Indian journal of veterinary science and animal husbandry - Volumes 18-21, 1948-1951
Year: 1948
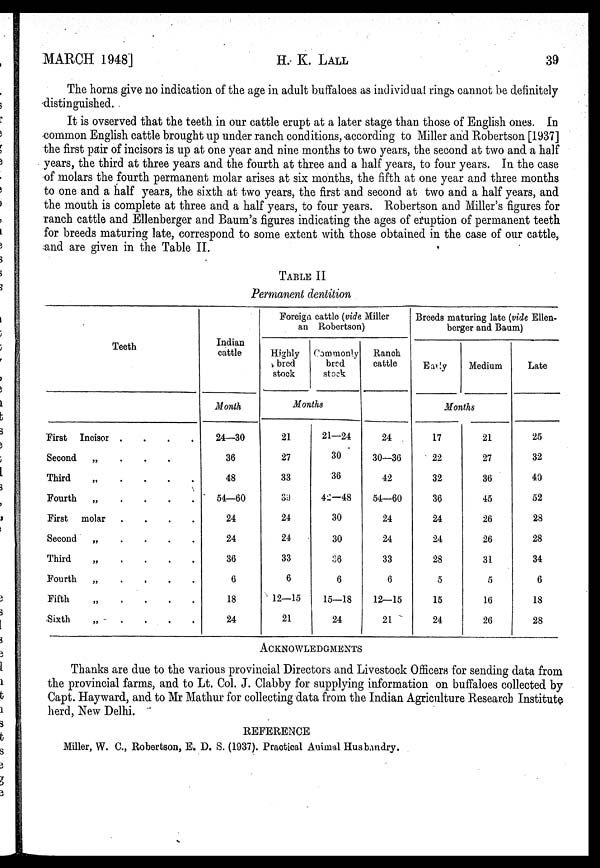
MARCH
1948]
H. K.
LALL
39
The horns give no indication of the age in adult buffaloes as individual rings cannot be definitely
distinguished.
It is ovserved that the teeth in our cattle erupt at a later stage than those of English ones. In
common English cattle brought up under ranch conditions, according to Miller and Robertson [1937]
the first pair of incisors is up at one year and nine months to two years, the second at two and a half
years, the third at three years and the fourth at three and a half years, to four years. In the case
of molars the fourth permanent molar arises at six months, the fifth at one year and three months
to one and a half years, the sixth at two years, the first and second at two and a half years, and
the mouth is complete at three and a half years, to four years. Robertson and Miller's figures for
ranch cattle and Ellenberger and Baum's figures indicating the ages of eruption of permanent teeth
for breeds maturing late, correspond to some extent with those obtained in the case of our cattle,
and are given in the Table II.
TABLE II
Permanent dentition
Teeth
First Incisor
.
.
.
.
Second
„ . . .
Third
„
.
.
.
Fourth
„ . . . .
First molar „ . . . .
Second
„ . . . .
Third
„
.
.
.
.
Fourth
„ . . . .
Fifth
„
.
.
.
.
Sixth
„
.
.
.
.
Indian
cattle
Month
24—30
36
48
54—60
24
24
36
6
18
24
Foreign cattle (vide Miller
an Robertson)
Highly
bred
stock
Commonly
bred
stock
Months
21
27
33
39
24
24
33
6
12—15
21
21—24
30
36
42—48
30
30
36
6
15—18
24
Ranch
cattle
24
30—36
42
54—60
24
24
33
6
12—15
21
Breeds maturing late (vide Ellen-
berger and Baum)
Early
Medium
Months
17
22
32
36
24
24
28
5
15
24
21
27
36
45
26
26
31
5
16
26
Late
25
32
40
52
28
28
34
6
18
28
ACKNOWLEDGMENTS
Thanks are due to the various provincial Directors and Livestock Officers for sending data from
the provincial farms, and to Lt. Col. J. Clabby for supplying information on buffaloes collected by
Capt. Hayward, and to Mr Mathur for collecting data from the Indian Agriculture Research Institute
herd, New Delhi.
REFERENCE
Miller, W. C., Robertson, E. D. S. (1937). Practical Animal Husbandry.